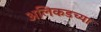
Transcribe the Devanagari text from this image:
अलिकडच्‍या